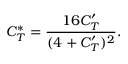
C _ { T } ^ { * } = \frac { 1 6 C _ { T } ^ { \prime } } { ( 4 + C _ { T } ^ { \prime } ) ^ { 2 } } .